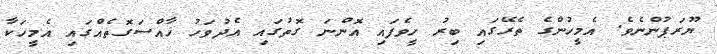
ޔޫރަޕުންނެވެ. އެމީހުންގެ ތެރޭގައި ބިރު ހީވެފައި އޮންނަ ގޮތުގައި އެދުވަހު ޚާއްސަގޮތެއްގައި އެމީހަކާ